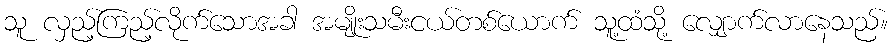
သူ လှည့်ကြည့်လိုက်သောအခါ အမျိုးသမီးငယ်တစ်ယောက် သူ့ထံသို့ လျှောက်လာနေသည်။